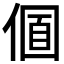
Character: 𠌛